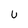
Character: U